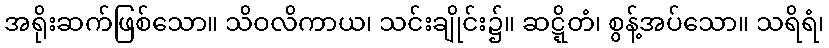
အရိုးဆက်ဖြစ်သော။ သိဝလိကာယ၊ သင်းချိုင်း၌။ ဆဋ္ဋိတံ၊ စွန့်အပ်သော။ သရိရံ၊